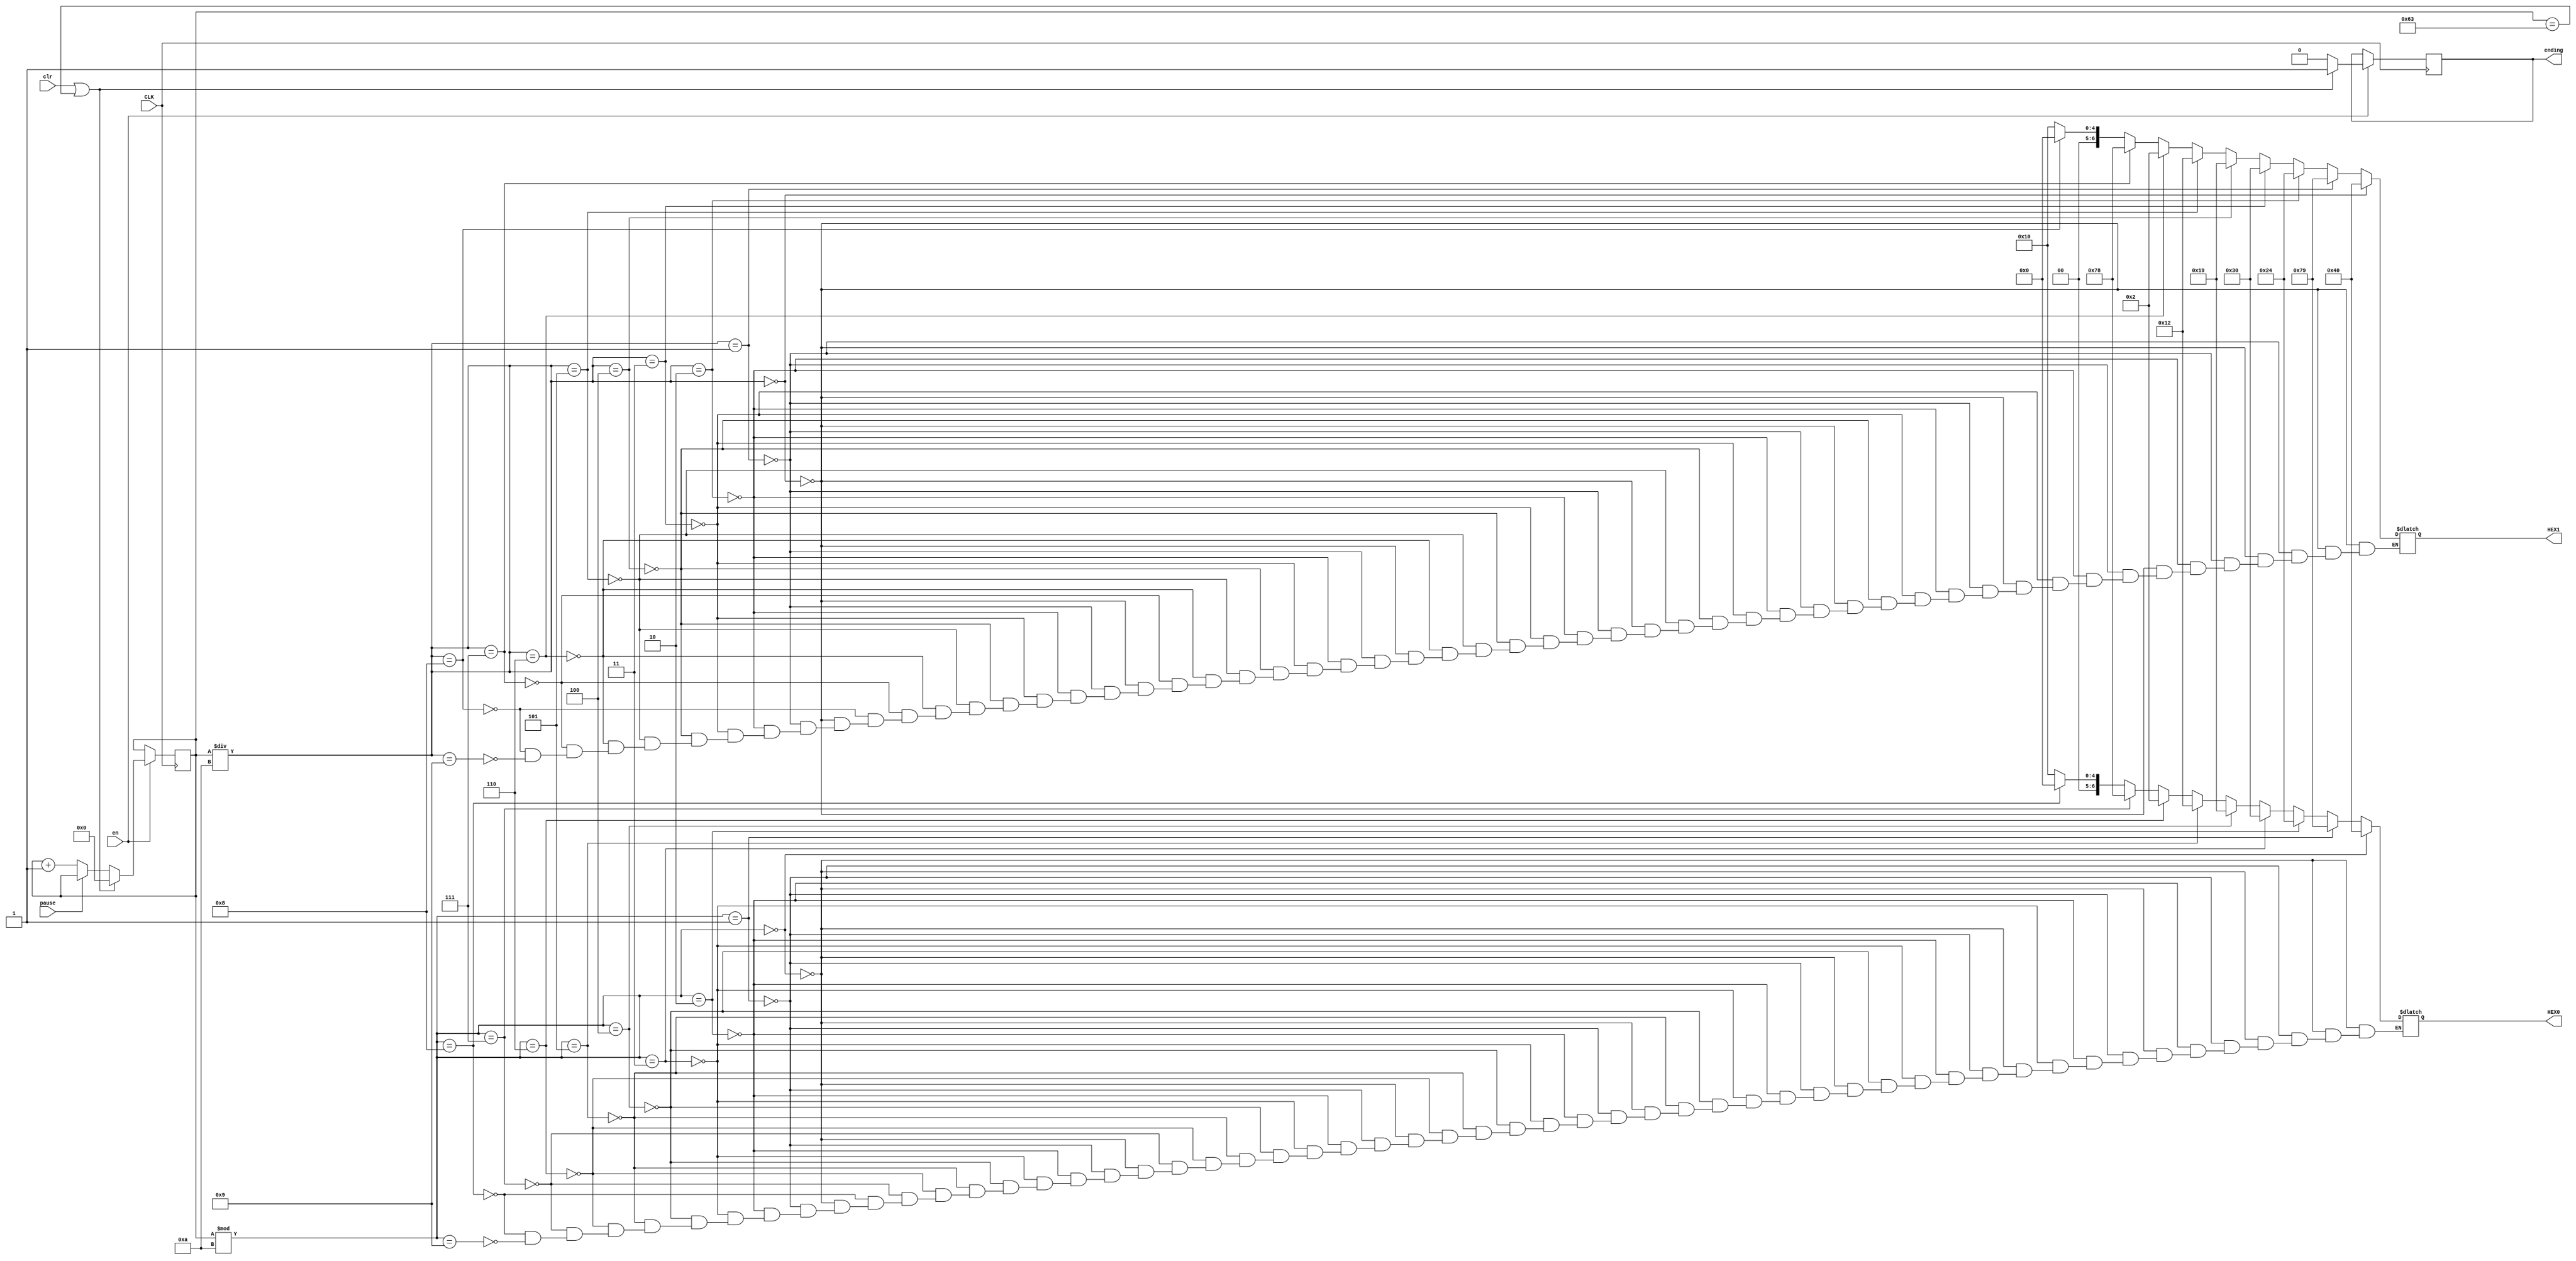
module counter(CLK, en, pause, clr, HEX0, HEX1, ending);
 input CLK;
 input pause;
 input clr;
 input en;
 output reg [6:0] HEX0;
 output reg [6:0] HEX1;
 output reg ending=0;
 reg [7:0] count=0;
 always @ (posedge CLK)
	begin
	if(!en)
		count<=count;
		else
		begin
			if(clr||count==99)
			begin
				count<=0;
				ending=1;
			end
			else
			begin
				ending=0;
				if(pause)
					count<=count;
				else
					count<=count+1;
			end
		end
		
	end
 always @(count)
 begin
			if(count%10==0)
				HEX0=7'b1000000;
			else if(count%10==1)
				HEX0=7'b1111001;
			else if(count%10==2)
				HEX0=7'b0100100;	
			else if(count%10==3)
				HEX0=7'b0110000;
			else if(count%10==4)
				HEX0=7'b0011001;
			else if(count%10==5)
				HEX0=7'b0010010;
			else if(count%10==6)
				HEX0=7'b0000010;	
			else if(count%10==7)
				HEX0=7'b1111000;	
			else if(count%10==8)
				HEX0=7'b0000000;
			else if(count%10==9)
				HEX0=7'b0010000;
				
			if(count/10==0)
				HEX1=7'b1000000;
			else if(count/10==1)
				HEX1=7'b1111001;
			else if(count/10==2)
				HEX1=7'b0100100;	
			else if(count/10==3)
				HEX1=7'b0110000;
			else if(count/10==4)
				HEX1=7'b0011001;
			else if(count/10==5)
				HEX1=7'b0010010;
			else if(count/10==6)
				HEX1=7'b0000010;	
			else if(count/10==7)
				HEX1=7'b1111000;	
			else if(count/10==8)
				HEX1=7'b0000000;
			else if(count/10==9)
				HEX1=7'b0010000;		
 end
endmodule